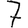
Digit: 7